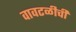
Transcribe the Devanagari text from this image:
वावटळीची